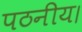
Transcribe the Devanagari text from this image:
पठनीय।